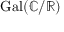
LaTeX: \operatorname { G a l } ( \mathbb { C } / \mathbb { R } )